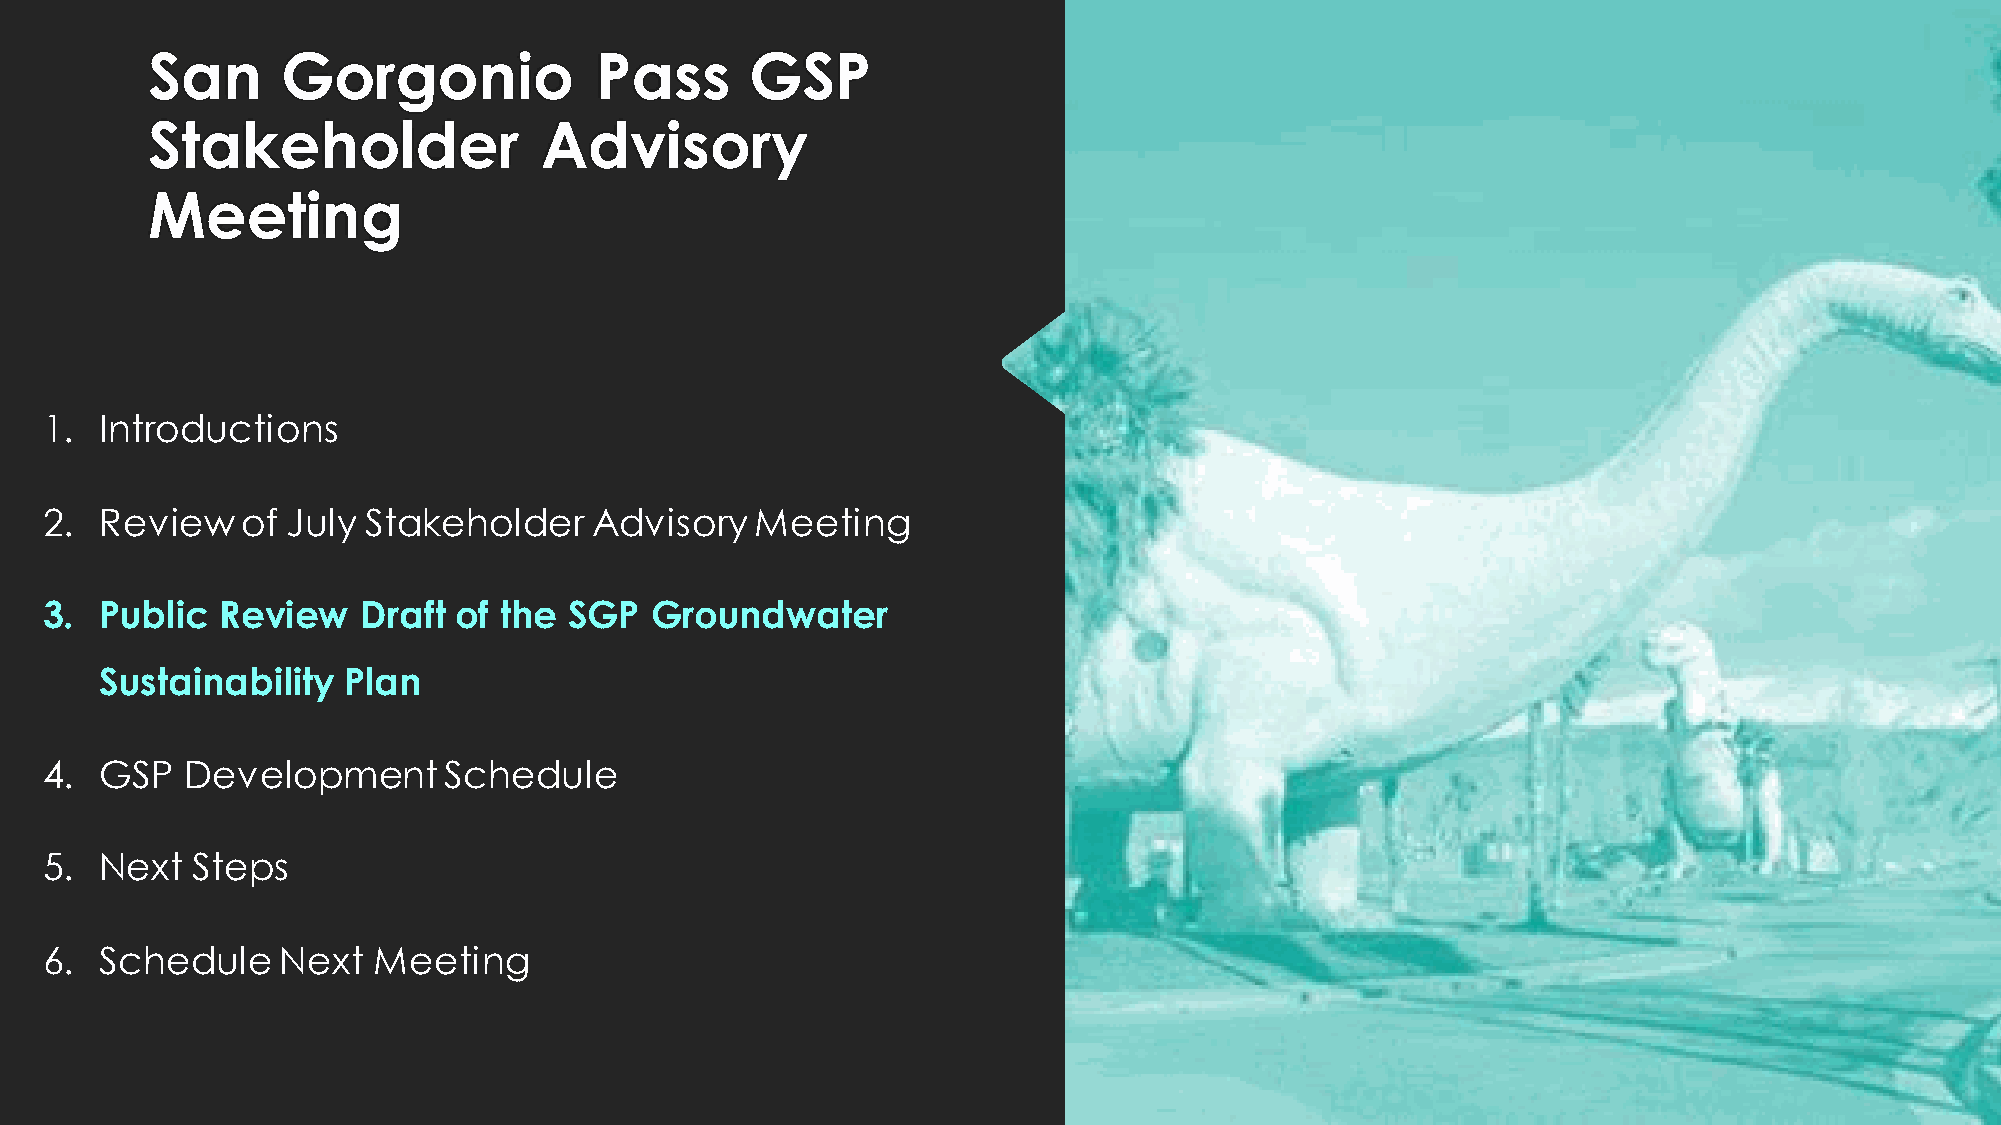
San      Gorgonio            Pass       GSP
 Stakeholder               Advisory
 Meeting
 1.  Introductions
 2.  Review   of July Stakeholder    Advisory   Meeting
 3.  Public  Review   Draft of the  SGP  Groundwater
 Sustainability  Plan
 4.  GSP  Development      Schedule
 5.  Next  Steps
 6.  Schedule    Next  Meeting